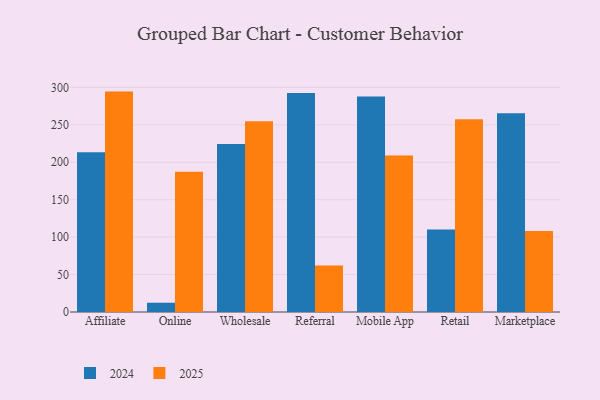
{"axis": {"x": "Channel", "y": "Production Output"}, "legend": ["2024", "2025"], "data": [{"x": "Affiliate", "y": 213.5, "type": "2024"}, {"x": "Affiliate", "y": 294.4, "type": "2025"}, {"x": "Online", "y": 12.4, "type": "2024"}, {"x": "Online", "y": 187.2, "type": "2025"}, {"x": "Wholesale", "y": 224.5, "type": "2024"}, {"x": "Wholesale", "y": 254.9, "type": "2025"}, {"x": "Referral", "y": 292.5, "type": "2024"}, {"x": "Referral", "y": 62.0, "type": "2025"}, {"x": "Mobile App", "y": 287.9, "type": "2024"}, {"x": "Mobile App", "y": 209.0, "type": "2025"}, {"x": "Retail", "y": 110.2, "type": "2024"}, {"x": "Retail", "y": 257.5, "type": "2025"}, {"x": "Marketplace", "y": 265.6, "type": "2024"}, {"x": "Marketplace", "y": 108.2, "type": "2025"}]}